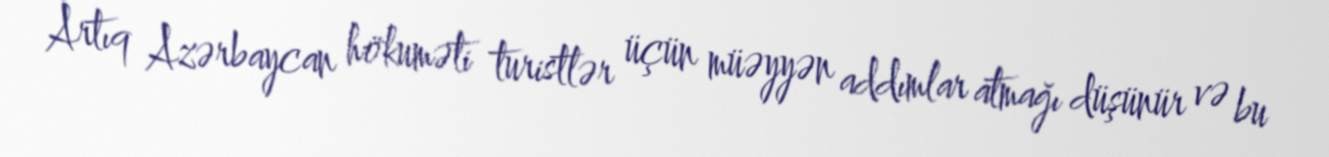
Artıq Azərbaycan hökuməti turistlər üçün müəyyən addımlar atmağı düşünür və bu